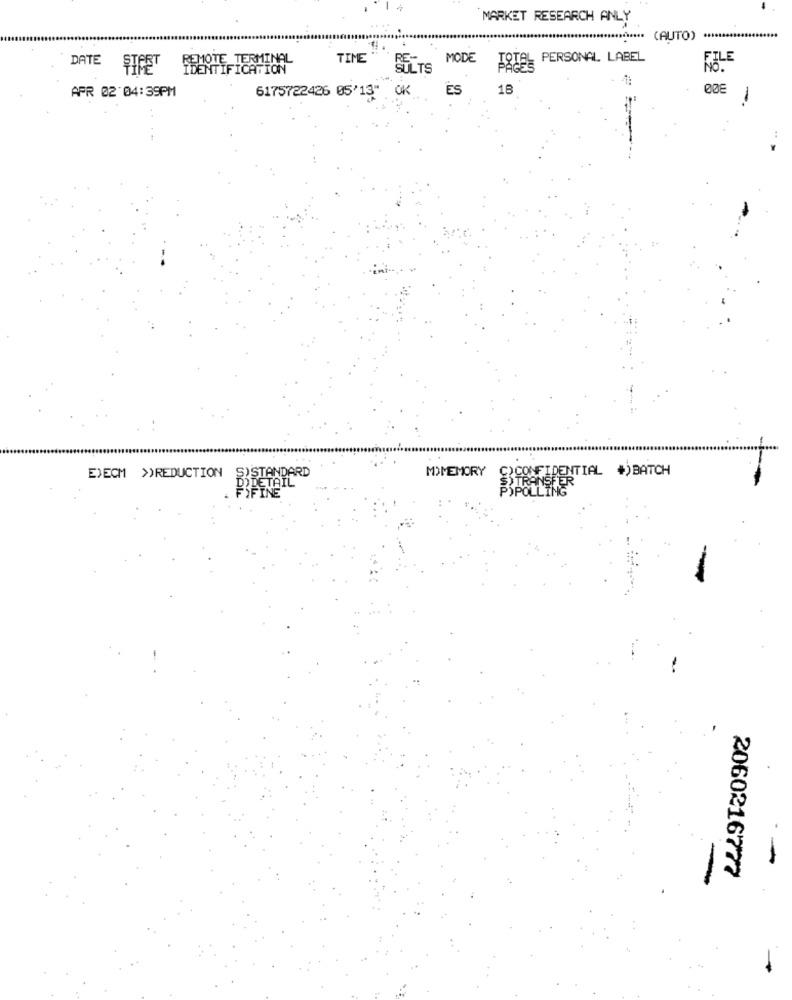
MARKET RESEARCH ANLY
*********** (AUTO)
DATE
TIME "
MODE
PERSONAL LABEL
STAET REMOTE TERMINAL
SULTS
KÖLE
ES
18
APR 02:04:39PM
6175722426 05'13" OK
-
EXECM >>REDUCTION S)STANDARD
MIMEMORY
CONFIDENTIAL *)BATCH
PORETAIL
PSPOLLING
S) TRANSFER
FIFINE
2060216777